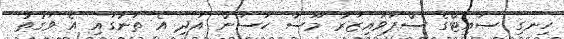
ހިނގި ސައިޓްގެ ސްޕަވައިޒަރު މޫސާ ހަސަން އަދި އެ ތަނުގައި އެ ވަގުތު